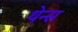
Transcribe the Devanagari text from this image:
थेन्स